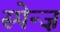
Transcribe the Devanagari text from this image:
स्पेन्ज़